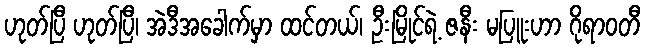
ဟုတ်ပြီ ဟုတ်ပြီ၊ အဲဒီအခေါက်မှာ ထင်တယ်၊ ဦးမြိုင်ရဲ့ ဇနီး မပြူးဟာ ဂိုရာဝတီ